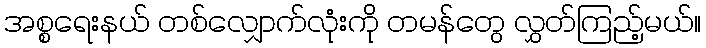
အစ္စရေးနယ် တစ်လျှောက်လုံးကို တမန်တွေ လွှတ်ကြည့်မယ်။